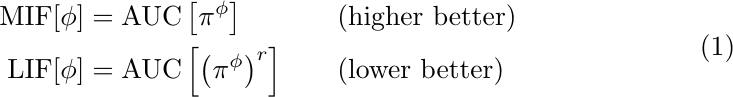
\begin{equation}
	\begin{alignedat}{2}
		\text{MIF}[\phi] &= \text{AUC}\left[\pi^\phi\right]									&&		\text{(higher better)}	\\
		\text{LIF}[\phi] &= \text{AUC}\left[\left(\pi^\phi\right)^r\right]	\qquad 	&&		\text{(lower better)}
	\end{alignedat}
\end{equation}